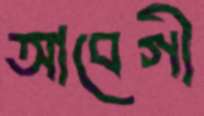
আবেগী